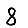
Digit: 8